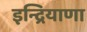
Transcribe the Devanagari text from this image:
इन्द्रियाणा